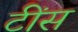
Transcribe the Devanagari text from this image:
टींस